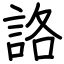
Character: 詻